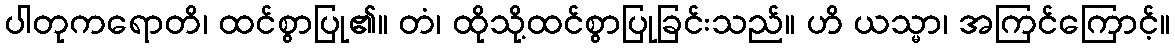
ပါတုကရောတိ၊ ထင်စွာပြု၏။ တံ၊ ထိုသို့ထင်စွာပြုခြင်းသည်။ ဟိ ယသ္မာ၊ အကြင်ကြောင့်။